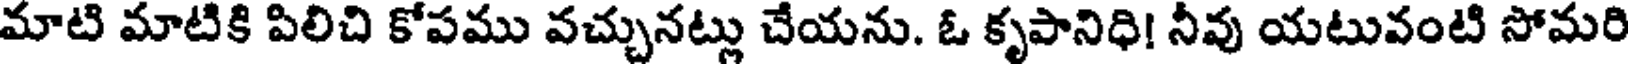
మాటి మాటికి పిలిచి కోపము వచ్చునట్లు చేయను. ఓ కృపానిధి! నీవు యటువంటి సోమరి